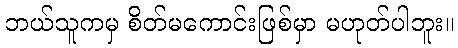
ဘယ်သူကမှ စိတ်မကောင်းဖြစ်မှာ မဟုတ်ပါဘူး။